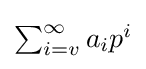
{\textstyle \sum _{i=v}^{\infty }a_{i}p^{i}}